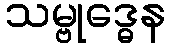
သမ္ဗုဒ္ဓေန